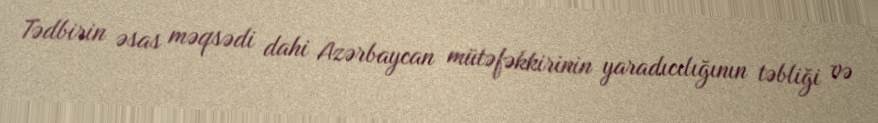
Tədbirin əsas məqsədi dahi Azərbaycan mütəfəkkirinin yaradıcılığının təbliği və